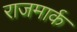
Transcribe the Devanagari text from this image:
राजमार्क